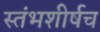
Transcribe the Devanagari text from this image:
स्तंभशीर्षच